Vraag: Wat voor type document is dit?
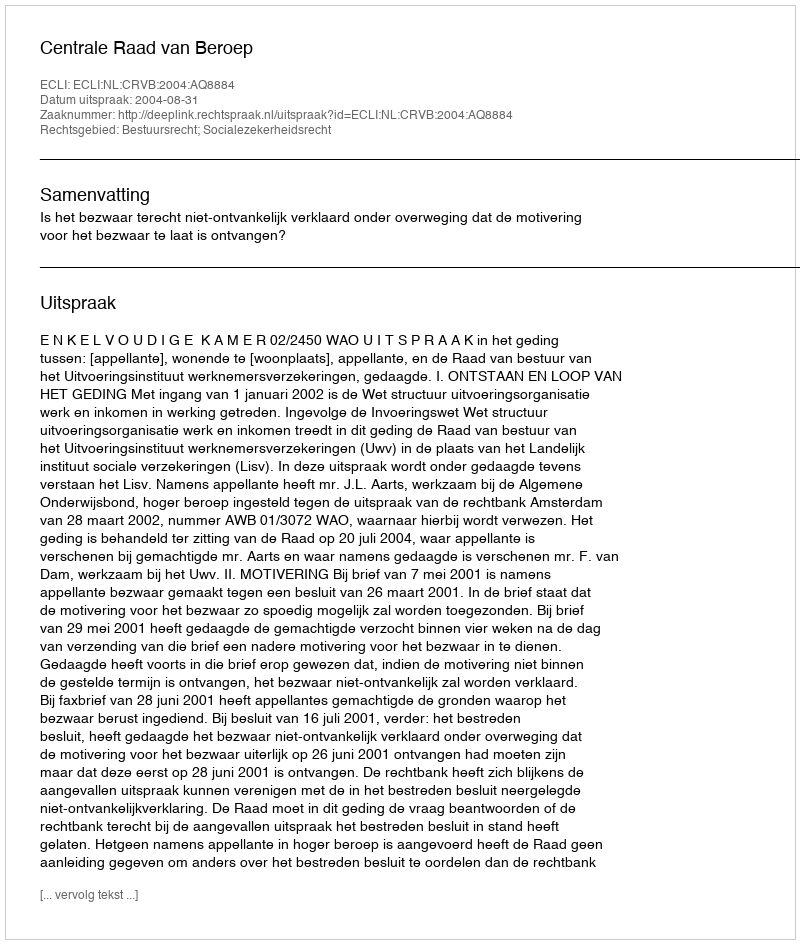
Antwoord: Uitspraak